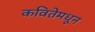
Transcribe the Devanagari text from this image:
कवितेमधून